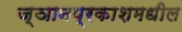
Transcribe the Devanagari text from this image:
ज्ञानप्रकाशमधील